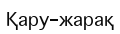
Қару-жарақ